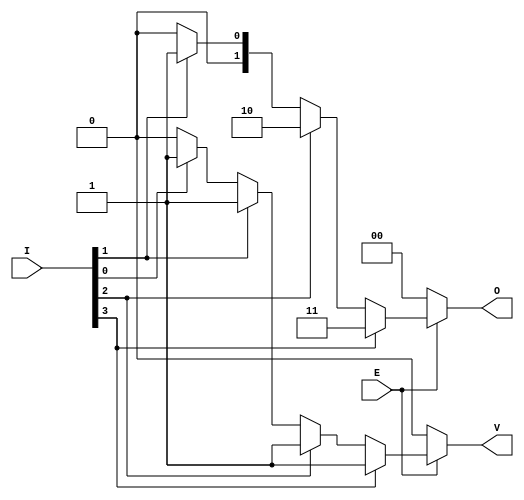
module dual_priority_encoder (
    input wire [n-1:0] I,    // n inputs
    input wire E,            // Enable signal
    output reg [1:0] O,      // 2-bit binary output
    output reg V             // Valid signal
);
    parameter n = 4; // Number of inputs (can be changed as needed)

    always @(*) begin
        if (!E) begin
            // If Enable is low, set outputs to inactive state
            O = 2'b00;
            V = 1'b0;
        end else begin
            // Default outputs
            O = 2'b00;
            V = 1'b0;

            // Check inputs from highest priority to lowest
            if (I[n-1]) begin
                O = n-1; // Highest priority input active
                V = 1'b1;
            end else if (I[n-2]) begin
                O = n-2; // Second highest priority input active
                V = 1'b1;
            end else if (I[n-3]) begin
                O = n-3; // Third highest priority input active
                V = 1'b1;
            end else if (I[0]) begin
                O = 2'b00; // Lowest priority input active
                V = 1'b1;
            end
        end
    end
endmodule